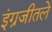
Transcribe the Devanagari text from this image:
इंग्रजीतले